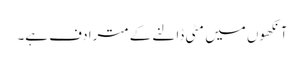
آنکھوں میں مٹی ڈالنے کے مترادف ہے۔